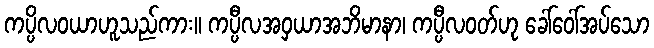
ကပ္ပိလဝယာဟူသည်ကား။ ကပ္ပီလအဝှယာအဘိမာနာ၊ ကပ္ပီလဝတ်ဟု ခေါ်ဝေါ်အပ်သော